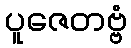
ပူဇေတဗ္ဗံ